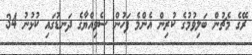
ރޭގެ މެޗުން ބަލިވުމުގެ ކުރިން އެންމެ ފަހުން ސެވިއްޔާގެ ދަނޑުގައި ކުޅުނު 34